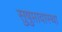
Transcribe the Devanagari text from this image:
सुषुप्तावास्था